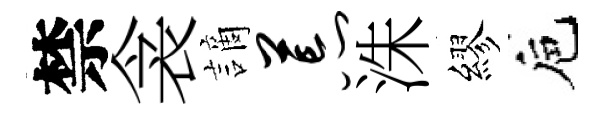
禁衾謫荒洙繆巵